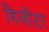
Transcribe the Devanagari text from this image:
विजीटर